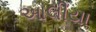
આલીયા